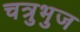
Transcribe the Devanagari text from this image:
चत्रुभुज